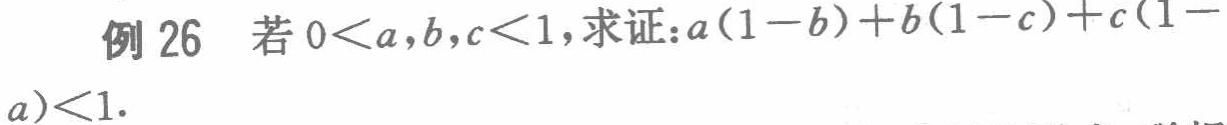
例 26 若 \(0 < a,b,c < 1\)，求证：\(a(1 - b)+b(1 - c)+c(1 - a)<1\).